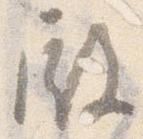
殿